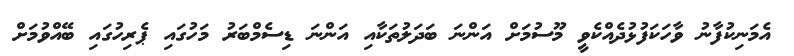
އެމަނިކުފާނު ވާހަކަފުޅުދެއްކެވީ މޫސުމަށް އަންނަ ބަދަލުތަކާއި އަންނަ ޑިސެމްބަރު މަހުގައި ޕެރިހުގައި ބޭއްވުމަށް